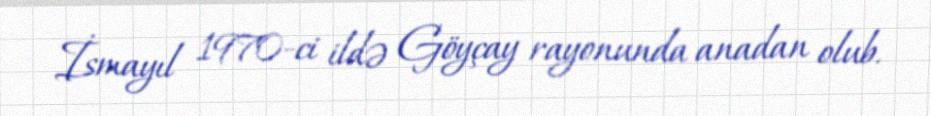
İsmayıl 1970-ci ildə Göyçay rayonunda anadan olub.